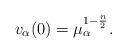
LaTeX: \begin{align*}v_\alpha(0)=\mu_\alpha^{1-\frac{n}{2}}.\end{align*}